Vaccination in Bombay 1874-1876 - 1874-1876
Year: 1874
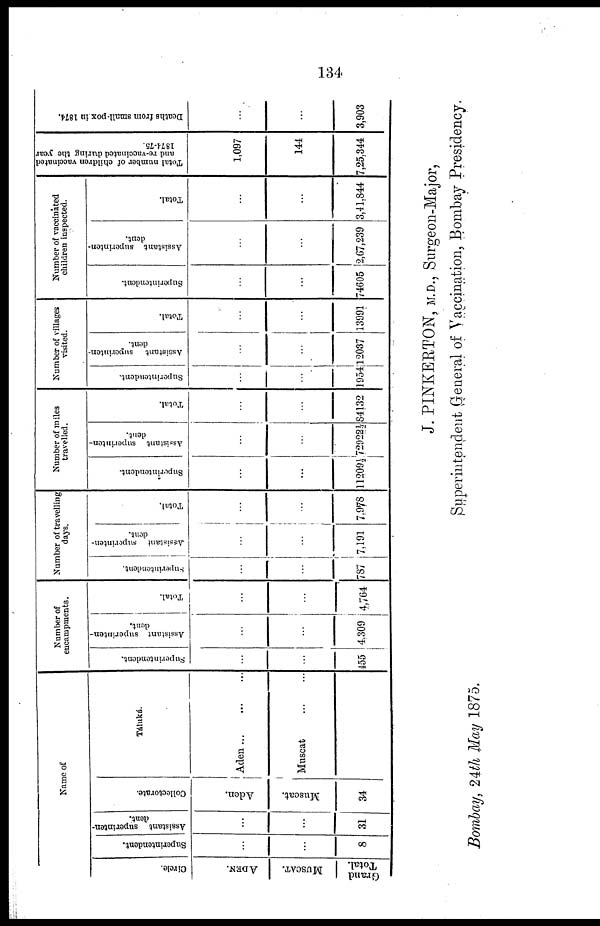
134
Name of
Circle.
ADEN.
MUSCAT.
Grand
Total.
Superintendent.
...
...
8
Assistant superinten-
dent.
...
...
31
Collectorate.
Aden.
Muscat.
34
Táluká.
Aden
...
...
...
Muscat
...
...
Number of
encampments.
Superintendent.
...
...
455
Assistant superinten-
dent.
...
...
4,309
Total.
...
...
4,764
Number of travelling
days.
Superintendent.
...
...
787
Assistant superinten-
dent.
...
...
7,191
Total.
...
...
7,978
Number of miles
travelled.
Superintendent.
...
...
11209½
Assistant
superinten-
dent.
...
...
72922½
Total.
...
...
84132
Number of villages
visited.
Superintendent.
...
...
1954
Assistant superinten-
dent.
...
...
12037
Total.
...
...
13991
Number of vaccinated
children inspected.
Superintendent.
...
...
74605
Assistant superinten-
dent.
...
...
2,67,239
Total.
...
...
3,41,844
Total number of children vaccinated
and re-vaccinated during the year
1874-75.
1,097
144
7,25,344
Deaths from small-pox in 1874.
...
...
3,903
J. PINKERTON, M.D., Surgeon-Major,
Superintendent General of Vaccination, Bombay Presidency.
Bombay, 24th May 1875.